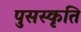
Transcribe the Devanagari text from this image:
पुसस्कृति